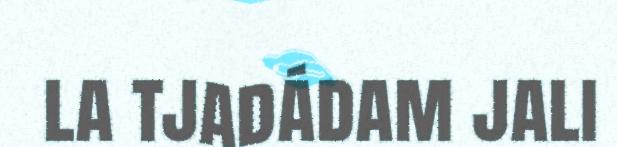
la tjadádam jali